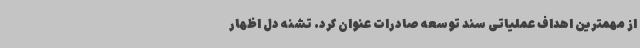
از مهمترین اهداف عملیاتی سند توسعه صادرات عنوان کرد. تشنه دل اظهار